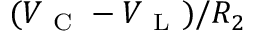
( V _ { \mathrm { ~ C ~ } } - V _ { \mathrm { ~ L ~ } } ) / R _ { 2 }